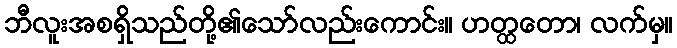
ဘီလူးအစရှိသည်တို့၏သော်လည်းကောင်း။ ဟတ္ထတော၊ လက်မှ။